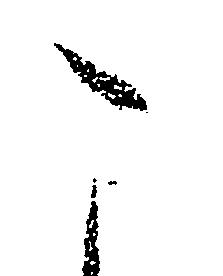
こ